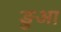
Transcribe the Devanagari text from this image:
ङुआ